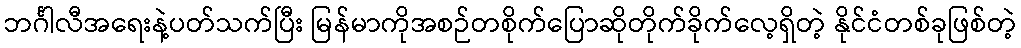
ဘင်္ဂါလီအရေးနဲ့ပတ်သက်ပြီး မြန်မာကိုအစဉ်တစိုက်ပြောဆိုတိုက်ခိုက်လေ့ရှိတဲ့ နိုင်ငံတစ်ခုဖြစ်တဲ့